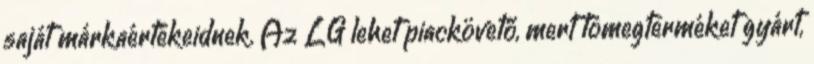
saját márkaértékeidnek. Az LG lehet piackövető, mert tömegterméket gyárt,